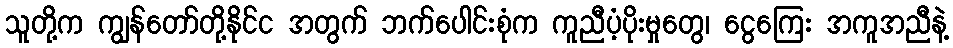
သူတို့က ကျွန်တော်တို့နိုင်င အတွက် ဘက်ပေါင်းစုံက ကူညီပံ့ပိုးမှုတွေ၊ ငွေကြေး အကူအညီနဲ့